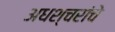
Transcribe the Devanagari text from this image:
अधश्चरांचे